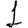
Digit: 1